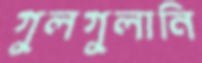
গুলগুলানি